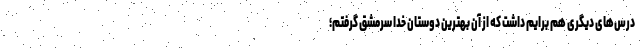
درس‌های دیگری هم برایم داشت که از آن بهترین دوستان خدا سرمشق گرفتم؛